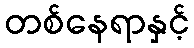
တစ်နေရာနှင့်